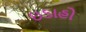
ઇડાહો